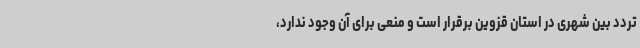
تردد بین شهری در استان قزوین برقرار است و منعی برای آن وجود ندارد،